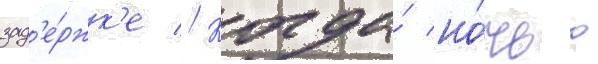
зад'е́ржк'е // Когда́ но́чью